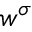
w ^ { \sigma }